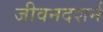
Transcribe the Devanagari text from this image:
जीवनदशर्न